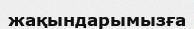
жақындарымызға